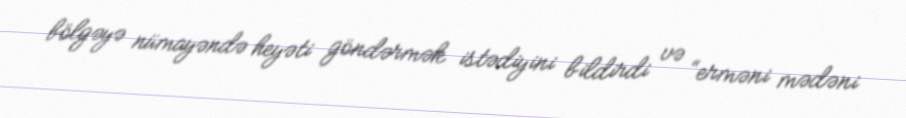
bölgəyə nümayəndə heyəti göndərmək istədiyini bildirdi və “erməni mədəni